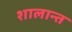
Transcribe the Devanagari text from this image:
शालान्‍त